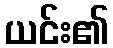
ယင်း၏